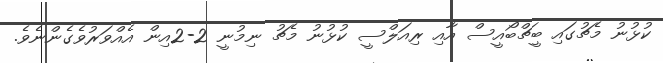
ކުޅުނު މެޗުގައި ބީޗްބޯއީސް އާއި ރިއަލްސީ ކުޅުނު މެޗު ނިމުނީ 2-2އިން އެއްވަރުވެގެންނެވެ.